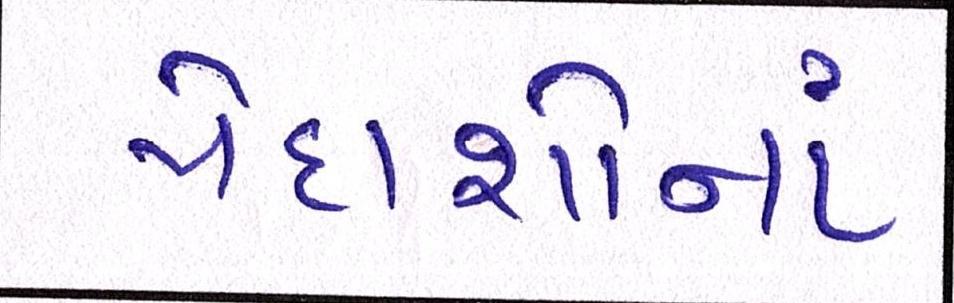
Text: પેદાશોનાં